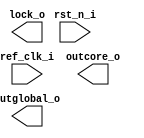
/*******************************************************************************
    Verilog netlist generated by IPGEN Radiant Software (64-bit) 2.0.t.332.0
    Soft IP Version: 1.0.1
    Fri Oct 04 12:03:47 2019
*******************************************************************************/
/*******************************************************************************
    Wrapper Module generated per user settings.
*******************************************************************************/
module pll_24M (ref_clk_i, rst_n_i, lock_o, outcore_o, outglobal_o)/* synthesis syn_black_box syn_declare_black_box=1 */;
    input  ref_clk_i;
    input  rst_n_i;
    output  lock_o;
    output  outcore_o;
    output  outglobal_o;
endmodule